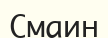
Смаин